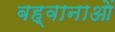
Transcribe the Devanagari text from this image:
बह्वानाओं